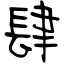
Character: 肆